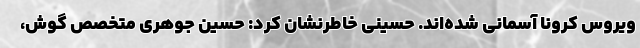
ویروس کرونا آسمانی شده‌اند. حسینی خاطرنشان کرد: حسین جوهری متخصص گوش،